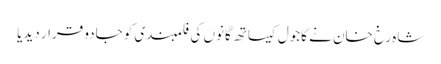
شاہ رخ خان نے کاجول کیساتھ گانوں کی فلمبندی کو جادو قرار دیدیا